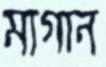
মাগান